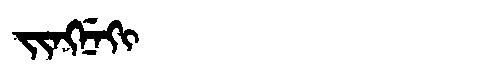
Manchu: ᠵᡳᠩᠨᡝᡴᡳ
Romanization: JINGNEKI